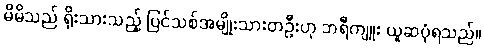
မိမိသည် ရိုးသားသည့် ပြင်သစ်အမျိုးသားတဦးဟု ဘရီကျူး ယူဆပုံရသည်။